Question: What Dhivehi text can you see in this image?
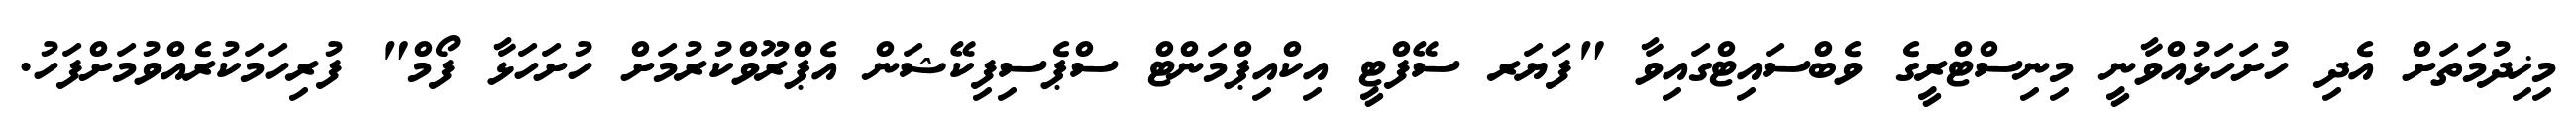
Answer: މިޚިދުމަތަށް އެދި ހުށަހަޅުއްވާނީ މިނިސްޓްރީގެ ވެބްސައިޓްގައިވާ "ފަޔަރ ސޭފްޓީ އިކްއިޕްމަންޓް ސްޕެސިފިކޭޝަން އެޕްރޫވްކުރުމަށް ހުށަހަޅާ ފޯމް" ފުރިހަމަކުރެއްވުމަށްފަހު.